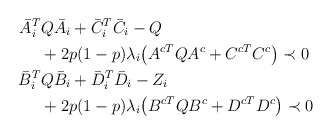
\begin{align*} \bar{A}_i^T &Q \bar{A}_i + \bar{C}_i^T \bar{C}_i - Q\\ &+ 2p(1-p) \lambda_i \big(A^{cT} Q A^c + C^{cT} C^c\big) \prec 0 \\ \bar{B}_i^T &Q \bar{B}_i + \bar{D}_i^T \bar{D}_i - Z_i \\ &+ 2p(1-p) \lambda_i \big(B^{cT} Q B^c + D^{cT} D^c\big) \prec 0 \end{align*}